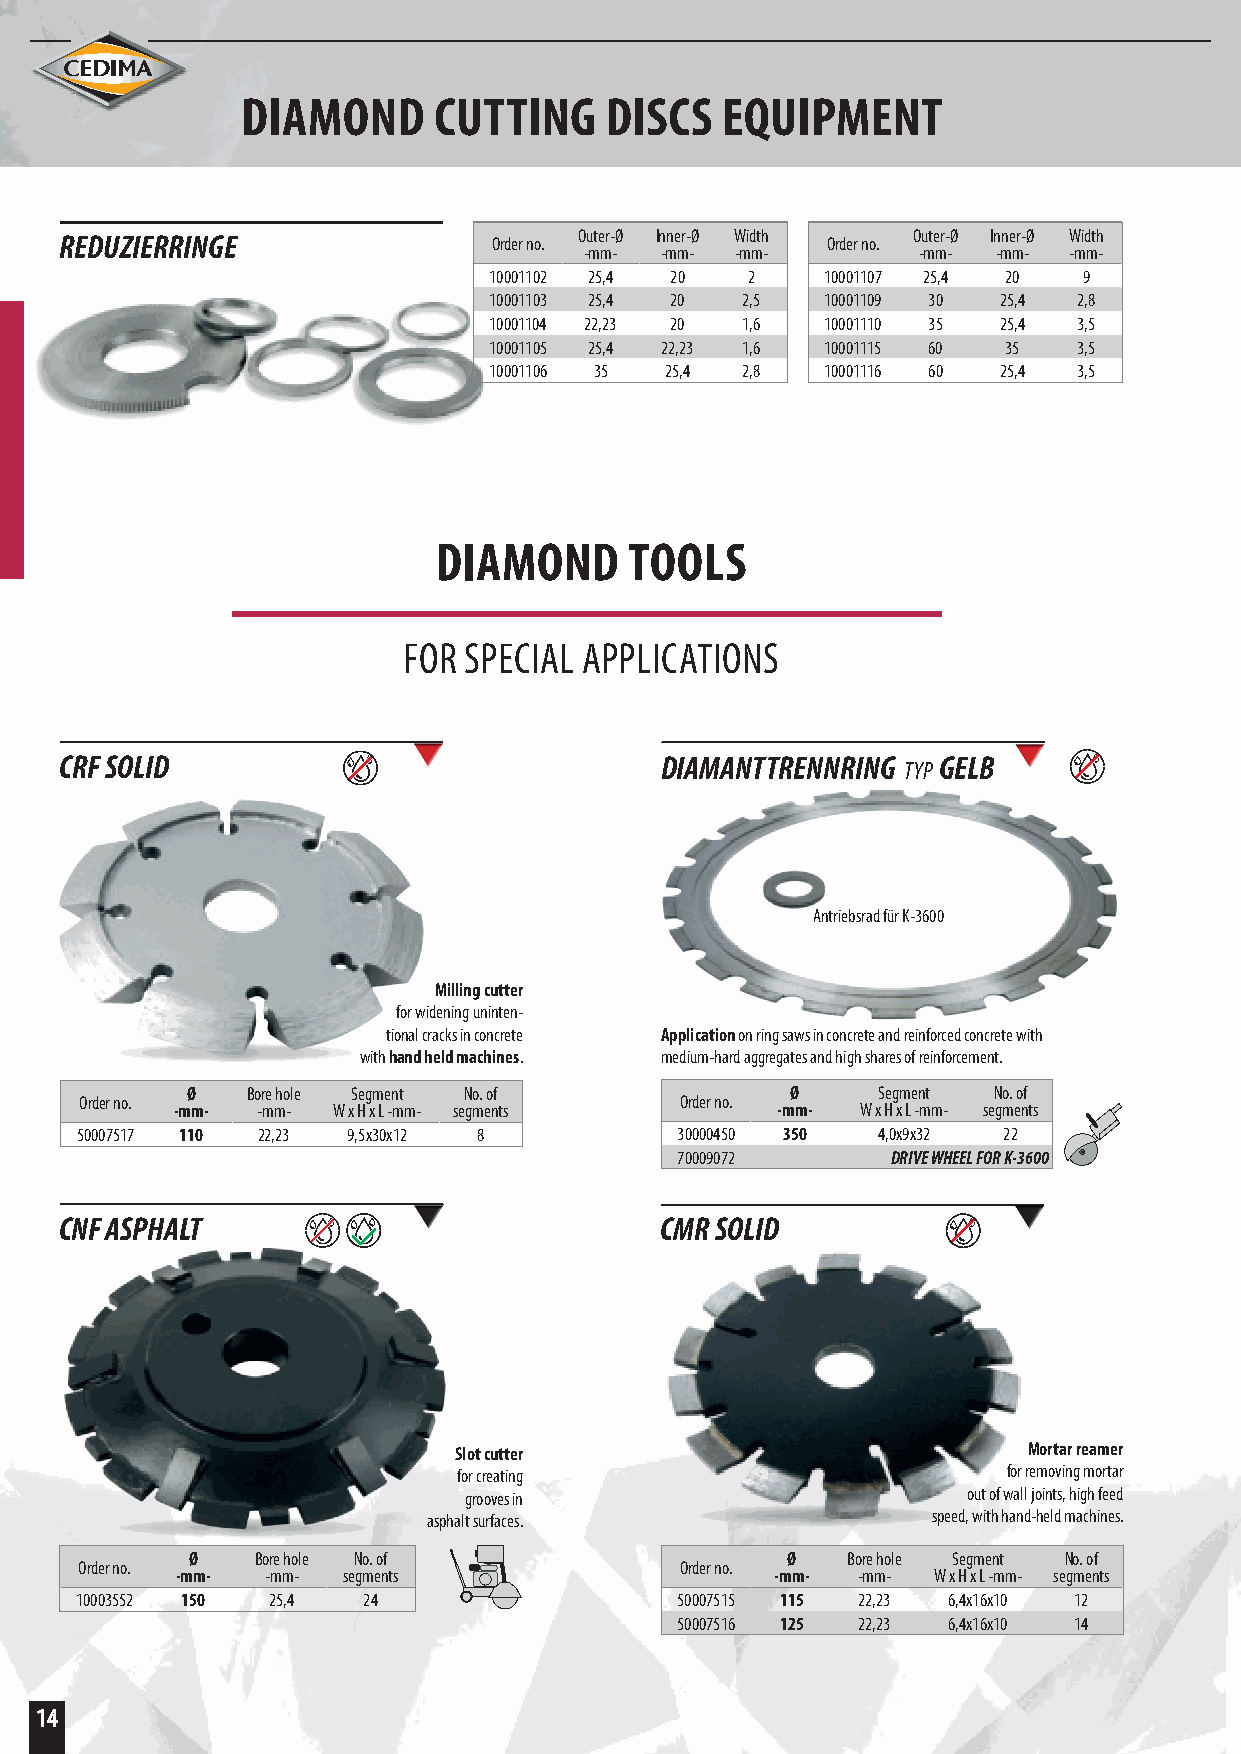
DIAMOND      CUTTING    DISCS   EQUIPMENT
 REDUZIERRINGE                Order no. Outer-Ø Inner-Ø Width Order no. Outer-Ø Inner-Ø Width
 -mm- -mm- -mm-        -mm- -mm- -mm-
 10001102 25,4 20 2     10001107 25,4 20 9
 10001103 25,4 20 2,5   10001109 30 25,4 2,8
 10001104 22,23 20 1,6  10001110 35 25,4 3,5
 10001105 25,4 22,23 1,6 10001115 60 35 3,5
 10001106 35 25,4 2,8   10001116 60 25,4 3,5
 DIAMOND      TOOLS
 FOR SPECIAL APPLICATIONS
 CRF SOLID                               DIAMANTTRENNRING TYP GELB
 Antriebsrad für K-3600
 Milling cutter
 for widening uninten-
 tional cracks in concrete Application on ring saws in concrete and reinforced concrete with
 with hand held machines. medium-hard aggregates and high shares of reinforcement.
 Ø   Bore hole Segment No. of            Ø     Segment No. of
 Order no.                               Order no.
 -mm-  -mm- W x H x L -mm- segments      -mm-  W x H x L -mm- segments
 50007517 110 22,23 9,5x30x12 8          30000450 350 4,0x9x32 22
 70009072      DRIVE WHEEL FOR K-3600
 CNF ASPHALT                             CMR SOLID
 Slot cutter                           Mortar reamer
 for creating                         for removing mortar
 grooves in                       out of wall joints, high feed
 asphalt surfaces.                 speed, with hand-held machines.
 Ø    Bore hole No. of                   Ø   Bore hole Segment No. of
 Order no.                               Order no.
 -mm-  -mm- segments                    -mm-  -mm- W x H x L -mm- segments
 10003552 150 25,4  24                   50007515 115 22,23 6,4x16x10 12
 50007516 125 22,23 6,4x16x10 14
 14